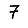
Digit: 7